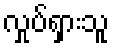
လှုပ်ရှားသူ